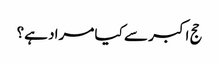
حج اکبر سے کیا مراد ہے؟